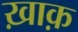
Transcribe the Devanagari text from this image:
ख़ाक़